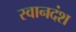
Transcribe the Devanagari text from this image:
स्वानदंश